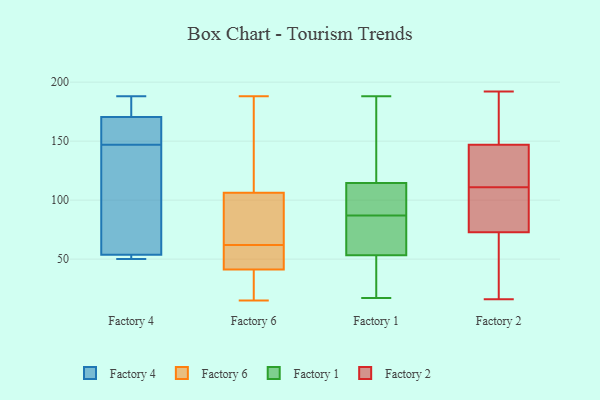
{"axis": {"x": "Market Share (%)", "y": "Value"}, "legend": ["Factory 1", "Factory 2", "Factory 4", "Factory 6"], "data": [{"x": "", "y": 188, "type": "Factory 4"}, {"x": "", "y": 154, "type": "Factory 4"}, {"x": "", "y": 168, "type": "Factory 4"}, {"x": "", "y": 154, "type": "Factory 4"}, {"x": "", "y": 50, "type": "Factory 4"}, {"x": "", "y": 147, "type": "Factory 4"}, {"x": "", "y": 53, "type": "Factory 4"}, {"x": "", "y": 54, "type": "Factory 4"}, {"x": "", "y": 51, "type": "Factory 4"}, {"x": "", "y": 87, "type": "Factory 4"}, {"x": "", "y": 188, "type": "Factory 4"}, {"x": "", "y": 178, "type": "Factory 4"}, {"x": "", "y": 61, "type": "Factory 4"}, {"x": "", "y": 82, "type": "Factory 6"}, {"x": "", "y": 15, "type": "Factory 6"}, {"x": "", "y": 94, "type": "Factory 6"}, {"x": "", "y": 97, "type": "Factory 6"}, {"x": "", "y": 44, "type": "Factory 6"}, {"x": "", "y": 44, "type": "Factory 6"}, {"x": "", "y": 46, "type": "Factory 6"}, {"x": "", "y": 59, "type": "Factory 6"}, {"x": "", "y": 163, "type": "Factory 6"}, {"x": "", "y": 28, "type": "Factory 6"}, {"x": "", "y": 142, "type": "Factory 6"}, {"x": "", "y": 62, "type": "Factory 6"}, {"x": "", "y": 188, "type": "Factory 6"}, {"x": "", "y": 33, "type": "Factory 6"}, {"x": "", "y": 134, "type": "Factory 6"}, {"x": "", "y": 22, "type": "Factory 6"}, {"x": "", "y": 82, "type": "Factory 6"}, {"x": "", "y": 68, "type": "Factory 1"}, {"x": "", "y": 188, "type": "Factory 1"}, {"x": "", "y": 140, "type": "Factory 1"}, {"x": "", "y": 60, "type": "Factory 1"}, {"x": "", "y": 88, "type": "Factory 1"}, {"x": "", "y": 110, "type": "Factory 1"}, {"x": "", "y": 106, "type": "Factory 1"}, {"x": "", "y": 181, "type": "Factory 1"}, {"x": "", "y": 182, "type": "Factory 1"}, {"x": "", "y": 51, "type": "Factory 1"}, {"x": "", "y": 87, "type": "Factory 1"}, {"x": "", "y": 77, "type": "Factory 1"}, {"x": "", "y": 17, "type": "Factory 1"}, {"x": "", "y": 47, "type": "Factory 1"}, {"x": "", "y": 82, "type": "Factory 1"}, {"x": "", "y": 51, "type": "Factory 1"}, {"x": "", "y": 116, "type": "Factory 1"}, {"x": "", "y": 40, "type": "Factory 1"}, {"x": "", "y": 104, "type": "Factory 1"}, {"x": "", "y": 60, "type": "Factory 2"}, {"x": "", "y": 63, "type": "Factory 2"}, {"x": "", "y": 111, "type": "Factory 2"}, {"x": "", "y": 191, "type": "Factory 2"}, {"x": "", "y": 134, "type": "Factory 2"}, {"x": "", "y": 157, "type": "Factory 2"}, {"x": "", "y": 36, "type": "Factory 2"}, {"x": "", "y": 147, "type": "Factory 2"}, {"x": "", "y": 192, "type": "Factory 2"}, {"x": "", "y": 108, "type": "Factory 2"}, {"x": "", "y": 138, "type": "Factory 2"}, {"x": "", "y": 16, "type": "Factory 2"}, {"x": "", "y": 186, "type": "Factory 2"}, {"x": "", "y": 75, "type": "Factory 2"}, {"x": "", "y": 88, "type": "Factory 2"}, {"x": "", "y": 79, "type": "Factory 2"}, {"x": "", "y": 72, "type": "Factory 2"}, {"x": "", "y": 147, "type": "Factory 2"}, {"x": "", "y": 138, "type": "Factory 2"}]}